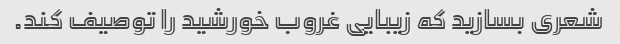
شعری بسازید که زیبایی غروب خورشید را توصیف کند.